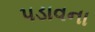
પડાવના